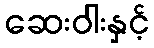
ဆေးဝါးနှင့်